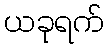
ယခုရက်